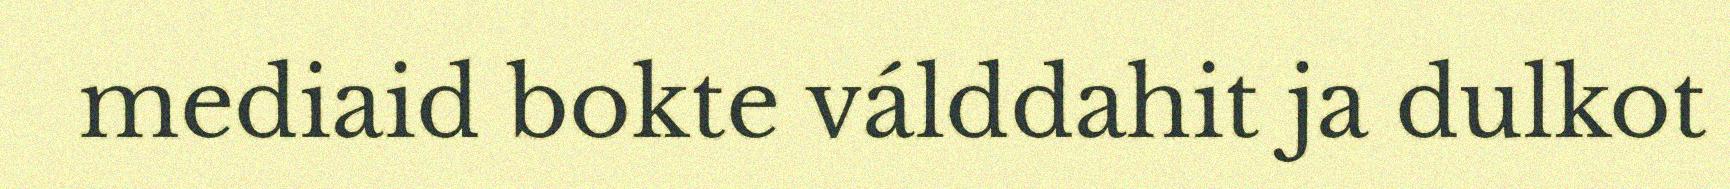
mediaid bokte válddahit ja dulkot